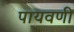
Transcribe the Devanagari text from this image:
पायवणी